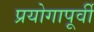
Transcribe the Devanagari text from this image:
प्रयोगापूर्वी